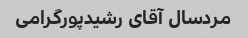
مردسال آقای رشیدپورگرامی